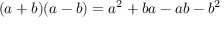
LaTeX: ( a + b ) ( a - b ) = a ^ { 2 } + b a - a b - b ^ { 2 }